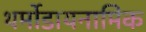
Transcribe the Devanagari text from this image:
थर्मोडायनामिक